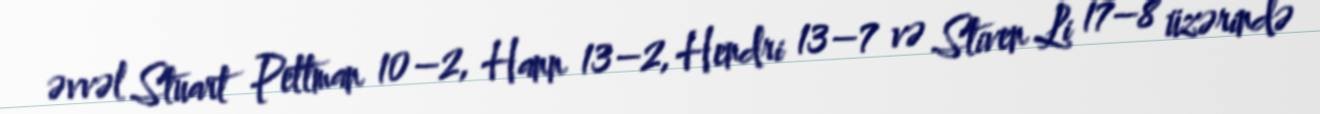
əvvəl Stuart Pettman 10–2, Hann 13–2, Hendri 13–7 və Stiven Li 17–8 üzərində